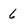
Character: 6